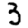
Digit: 3